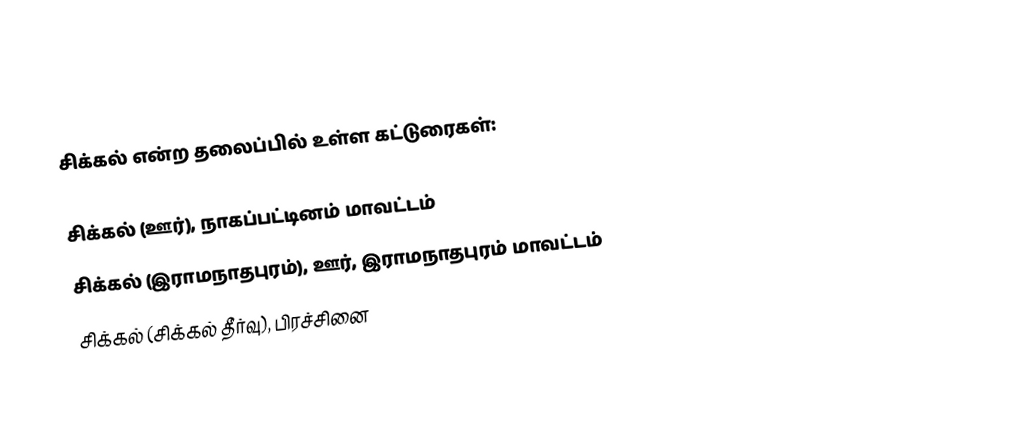
சிக்கல் என்ற தலைப்பில் உள்ள கட்டுரைகள்:

 சிக்கல் (ஊர்), நாகப்பட்டினம் மாவட்டம்
 சிக்கல் (இராமநாதபுரம்), ஊர், இராமநாதபுரம் மாவட்டம்
 சிக்கல் (சிக்கல் தீர்வு), பிரச்சினை